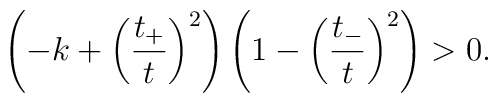
\left( -k +\left(\frac{t_+}{t}\right)^2\right)\left(1 -\left(\frac{t_-}{t}\right)^2\right) > 0.